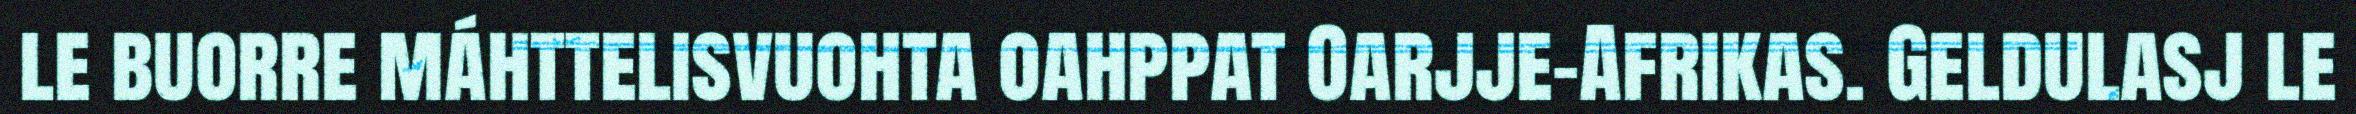
le buorre máhttelisvuohta oahppat Oarjje-Afrikas. Geldulasj le